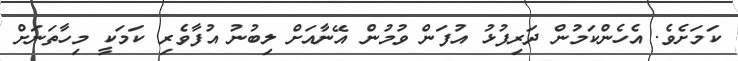
ކަމަށެވެ. އެހެންކަމުން ދަރިފުޅު އުފަން ވުމުން އޭނާއަށް ލިބުނު އުފާވެރި ކަމަކީ މިހާތަނަށް